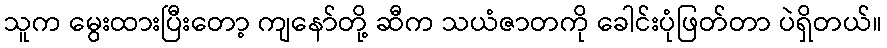
သူက မွေးထားပြီးတော့ ကျနော်တို့ ဆီက သယံဇာတကို ခေါင်းပုံဖြတ်တာ ပဲရှိတယ်။